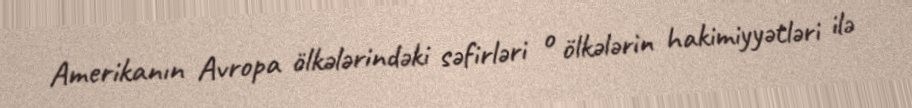
Amerikanın Avropa ölkələrindəki səfirləri o ölkələrin hakimiyyətləri ilə